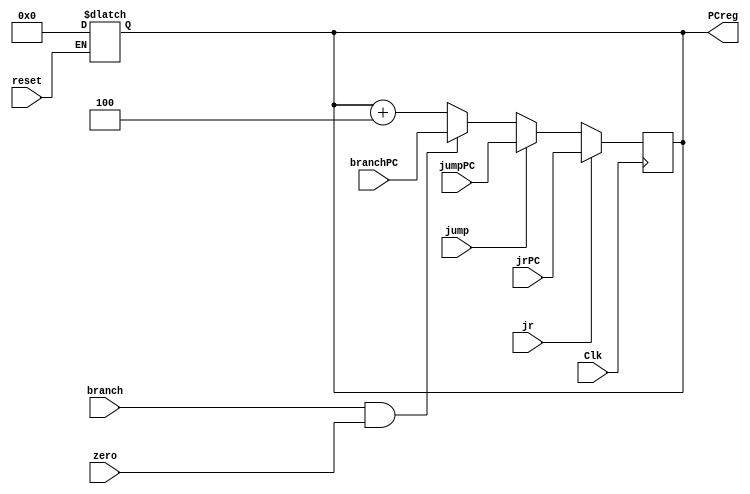
`timescale 1ns / 1ps
//////////////////////////////////////////////////////////////////////////////////
// Company: 
// Engineer: 
// 
// Design Name: 
// Module Name: PC
// Project Name: 
// Target Devices: 
// Tool Versions: 
// Description: 
// 
// Dependencies: 
// 
// Revision:
// Revision 0.01 - File Created
// Additional Comments:
// 
//////////////////////////////////////////////////////////////////////////////////


module PC(
    input reset,
    input Clk,
    input branch,
    input zero,
    input jump,
    input [31:0] branchPC,
    input [31:0] jumpPC,
    input [31:0] jrPC,
    input jr,
    output reg [31:0] PCreg
    );
    always @(reset)
    begin
        if(reset) PCreg=32'h00000000;
    end
    
    always @(posedge Clk)
    begin
        if(branch&zero) 
            PCreg<=branchPC;
        else
            PCreg<=PCreg+4;
        if(jump) PCreg<=jumpPC;
        if(jr) PCreg<=jrPC;
    end
    
    initial begin
        PCreg=32'hFFFFFFFC;
    end
endmodule